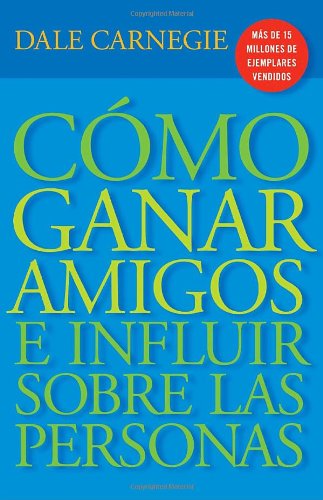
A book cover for CÃ³mo Ganar Amigos E Influir Sobre Las Personas (Spanish Edition); Dale Carnegie; Self-Help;